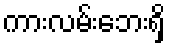
ကားလမ်းဘေးရှိ